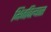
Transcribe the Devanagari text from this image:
भिजविल्यास